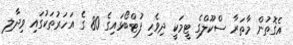
އެގޮތުން މާތަރާ ސްކޫލްގެ ޓީމަކީ ދިވެހި ފުޓްބޯޅައިގެ 80 ގެ އަހަރުތަކުގައި ވިދާލި